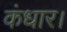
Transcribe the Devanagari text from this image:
कंधार।